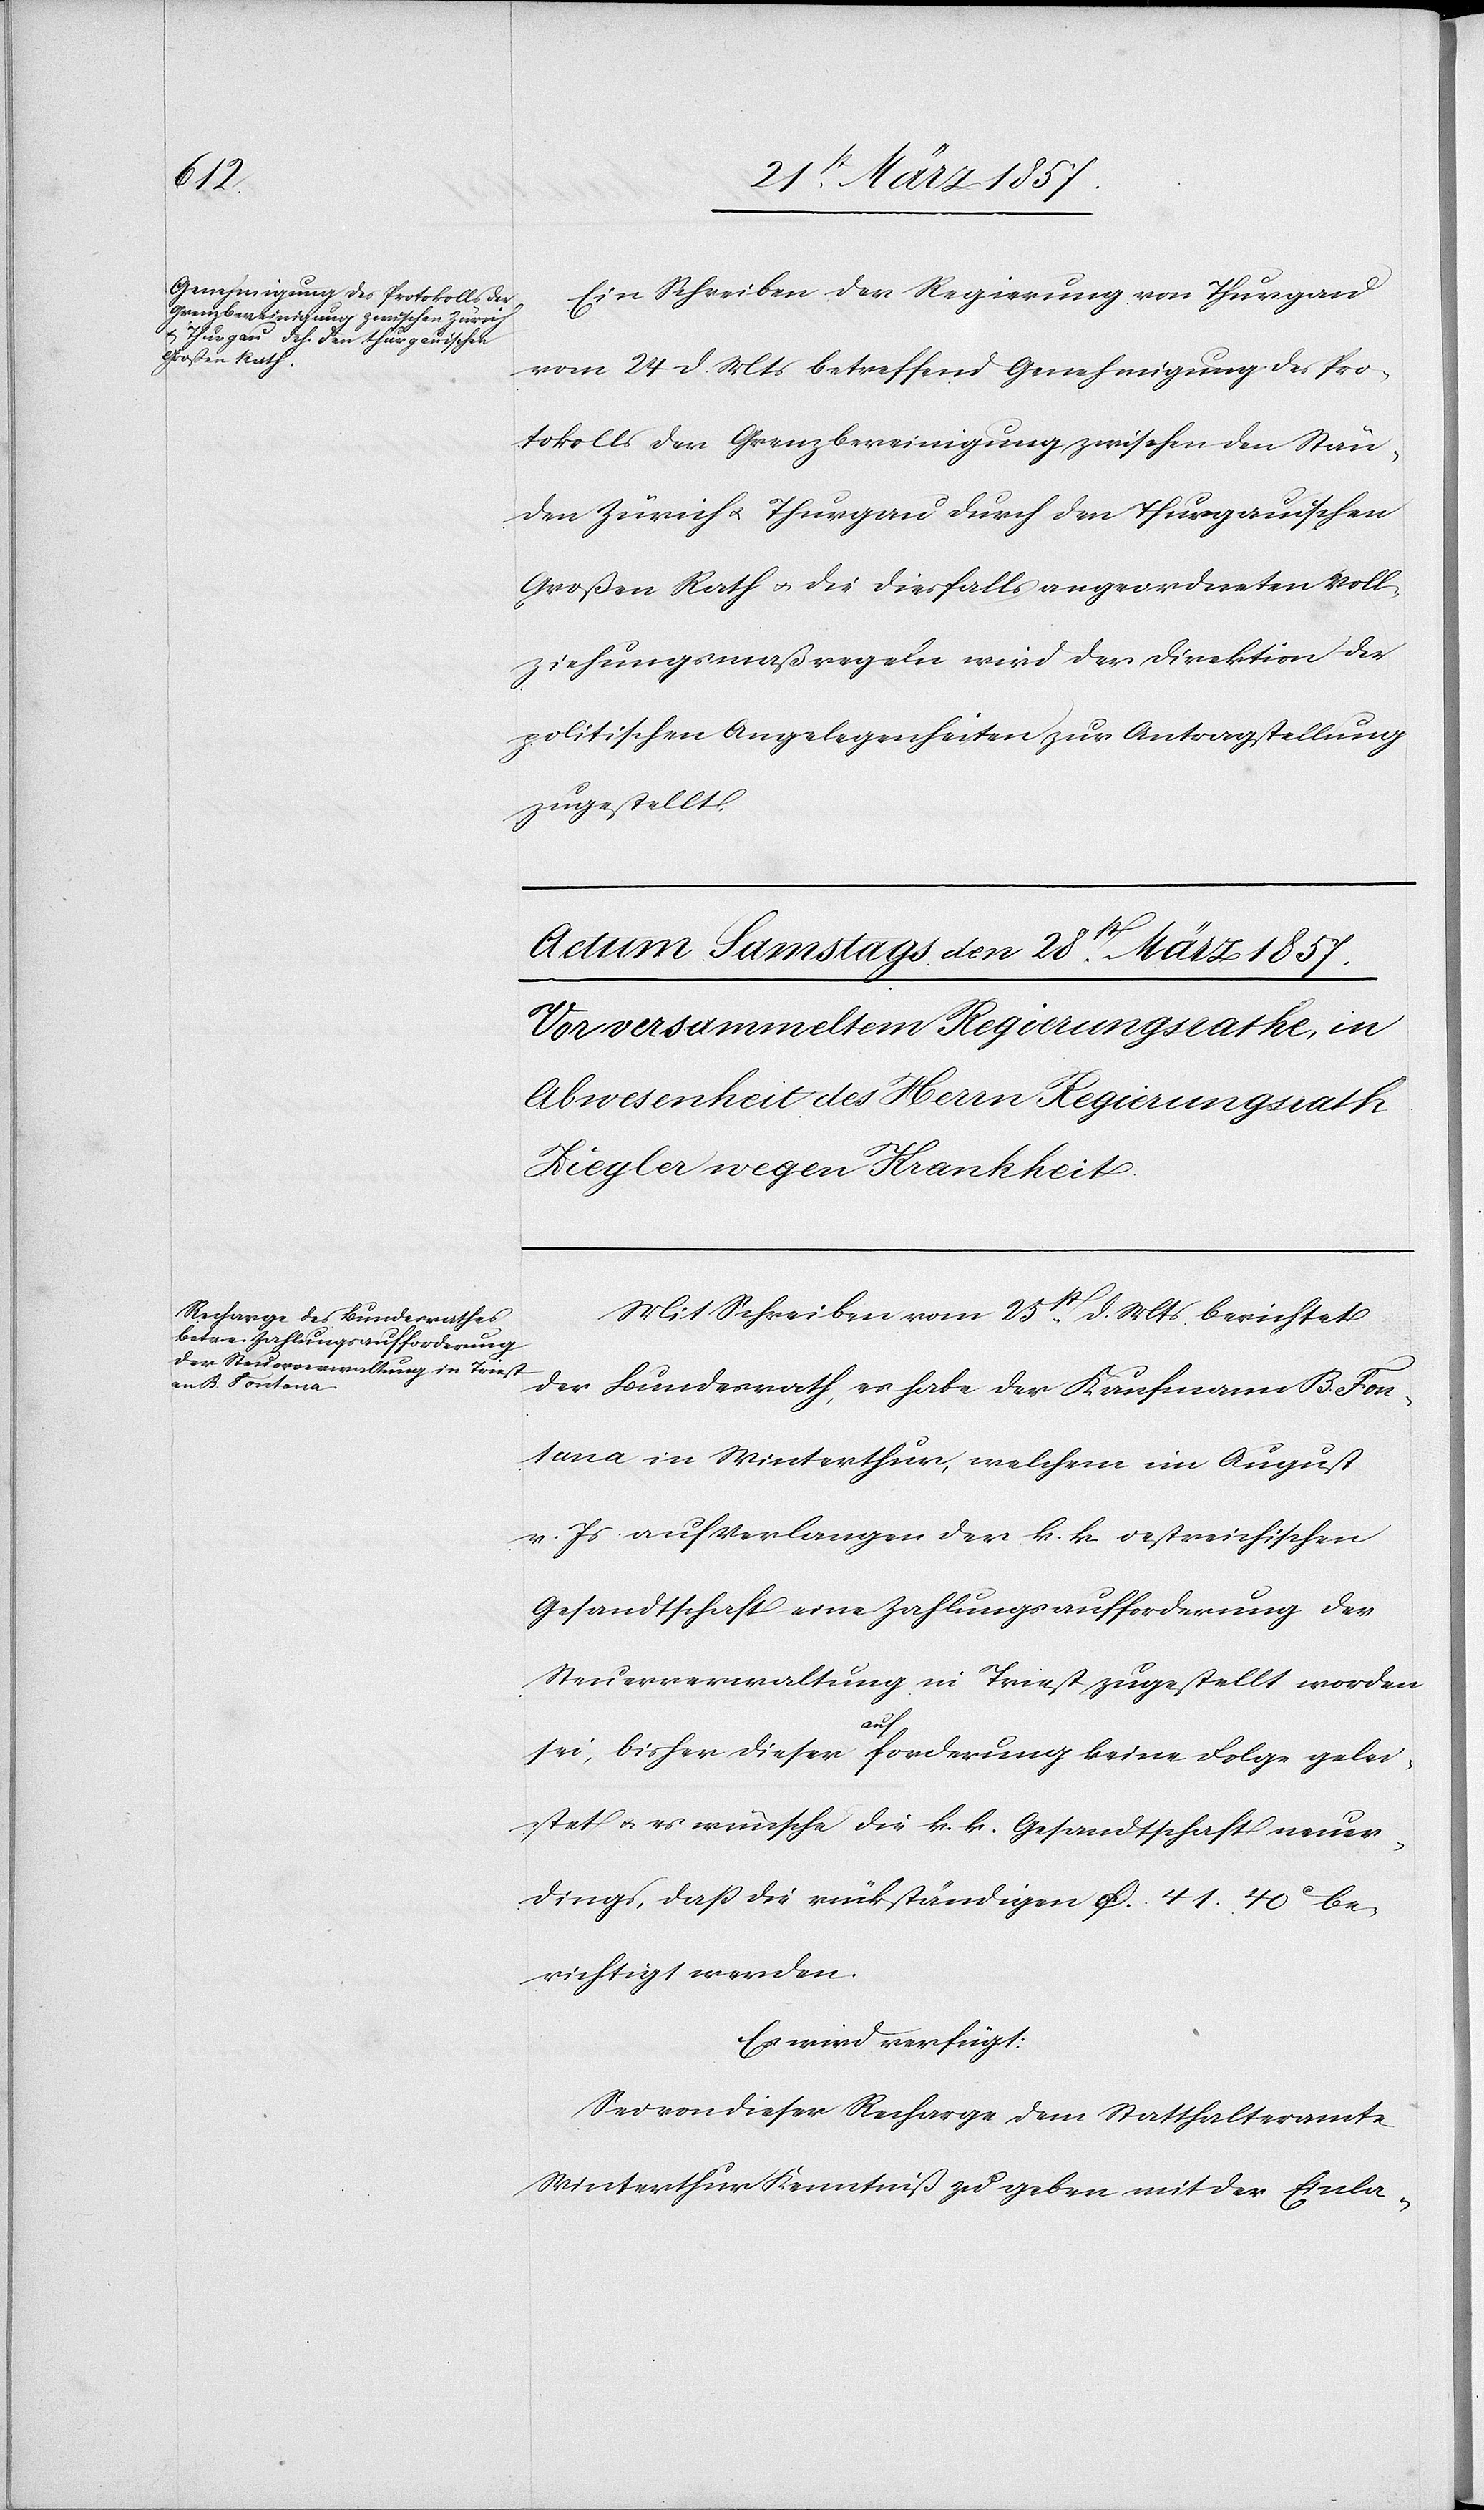
27. März 1857.]
Ein Schreiben der Regierung von Thurgau
vom 24 d. Mts betreffend Genehmigung des Pro¬
tokolls der Grenzbereinigung zwischen den Stän¬
den Zürich u. Thurgau durch den Thurgauischen
Großen Rath u. die diesfalls angeordneten Voll¬
ziehungsmaßregeln wird der Direktion der
politischen Angelegenheiten zur Antragstellung
zugestellt.
Mit Schreiben vom 25t d. Mts berichtet
der Bundesrath, es habe der Kaufmann B. Fon¬
tana in Winterthur, welchem im August
v. Js auf Verlangen der k. k. oestreichischen
Gesandtschaft eine Zahlungsaufforderung der
Steuerverwaltung in Triest zugestellt worden
den
sei, bisher dieser Aufforderung keine Folge gelei¬
stet u. es wünsche die k. k. Gesandtschaft neuer¬
dings, daß die rückständigen [?fr] 41. 40 C be¬
richtigt werden.
Es wird verfügt:
Sei von dieser Recharge dem Statthalteramte
Winterthur Kenntniß zu geben mit der Einla-